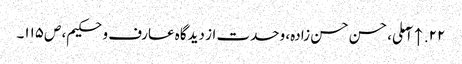
۲۲. ↑ آملی، حسن حسن زادہ، وحدت از دیدگاه عارف و حکیم، ص‌۱۱۵۔